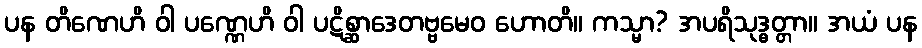
ပန တိဏေဟိ ဝါ ပဏ္ဏေဟိ ဝါ ပဋိစ္ဆာဒေတဗ္ဗမေဝ ဟောတိ။ ကသ္မာ? အပရိသုဒ္ဓတ္တာ။ အယံ ပန